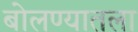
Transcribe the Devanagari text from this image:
बोलण्यातला